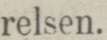
relsen.